Report on the working of the Ranchi Indian Mental Hospital, Kanke, in Bihar and Orissa - 1930-1940
Year: 1930
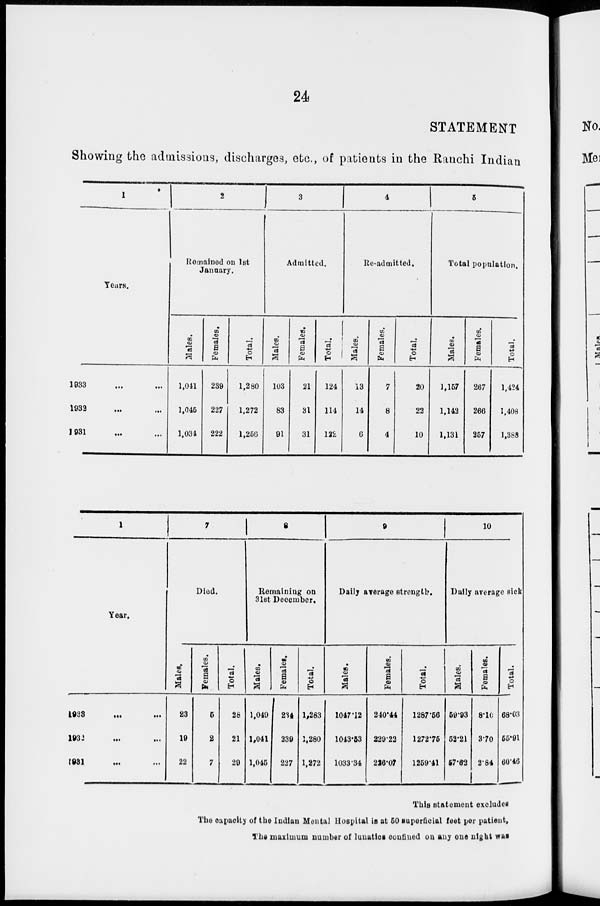
24
STATEMENT
Showing the admissions, discharges, etc., of patients in the Ranchi Indian
1
Years.
1933
...
...
1932 ... ...
1931 ... ...
2
Remained on 1st
January.
Males.
1,041
1,045
1,034
Females.
239
227
222
Total.
1,280
1,272
1,256
3
Admitted.
Males.
103
83
91
Females.
21
31
31
Total.
124
114
122
4
Re-admitted.
Males.
13
14
6
Females.
7
8
4
Total.
20
22
10
5
Total population.
Males.
1,157
1,142
1,131
Females.
267
266
257
Total.
1,424
1,408
1,388
1
Year.
1933 ... ...
1932 ... ...
1931 ... ...
7
Died.
Males.
23
19
22
Females.
5
2
7
Total.
28
21
29
8
Remaining on
31st December.
Males.
1,049
1,041
1,045
Females.
234
239
227
Total.
1,283
1,280
1,272
9
Daily average strength.
Males.
1047.12
1013.53
1033.34
Females.
240.44
229.22
226.07
Total.
1287.56
1272.75
1259.41
10
Daily average sick.
Males.
59.93
52.21
57.62
Females.
8.10
3.70
2.84
Total.
68.03
55.91
60.46
This statement excludes
The capacity of the Indian Mental Hospital is at 50 superficial feet per patient.
The maximum number of lunatics confined on any one night was